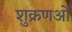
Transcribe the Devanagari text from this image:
शुक्रणओं